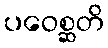
ပဝေစ္ဆတိ